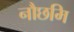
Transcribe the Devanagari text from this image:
नौछमि